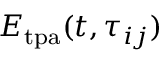
E _ { \mathrm { t p a } } ( t , \tau _ { i j } )